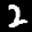
Label: 2